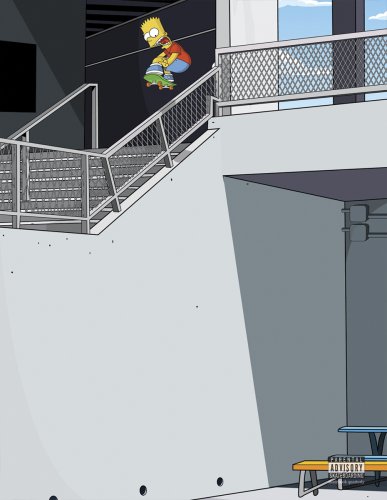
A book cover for Skatebook 3; First Last; Sports & Outdoors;